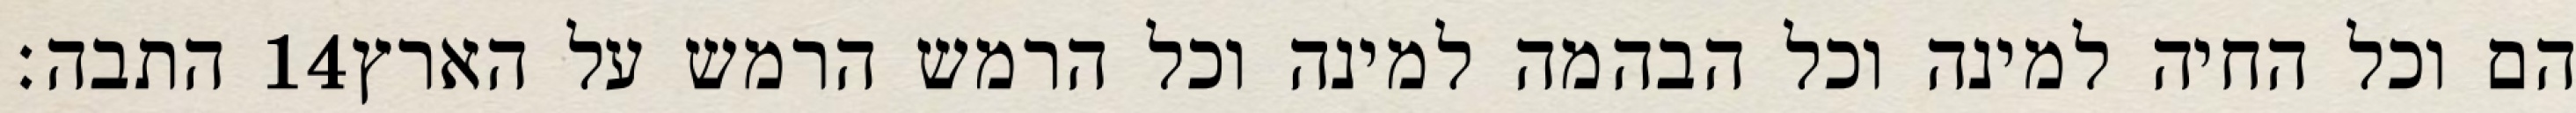
התבה׃ ‎14‏ הם וכל החיה למינה וכל הבהמה למינה וכל הרמש הרמש על הארץ